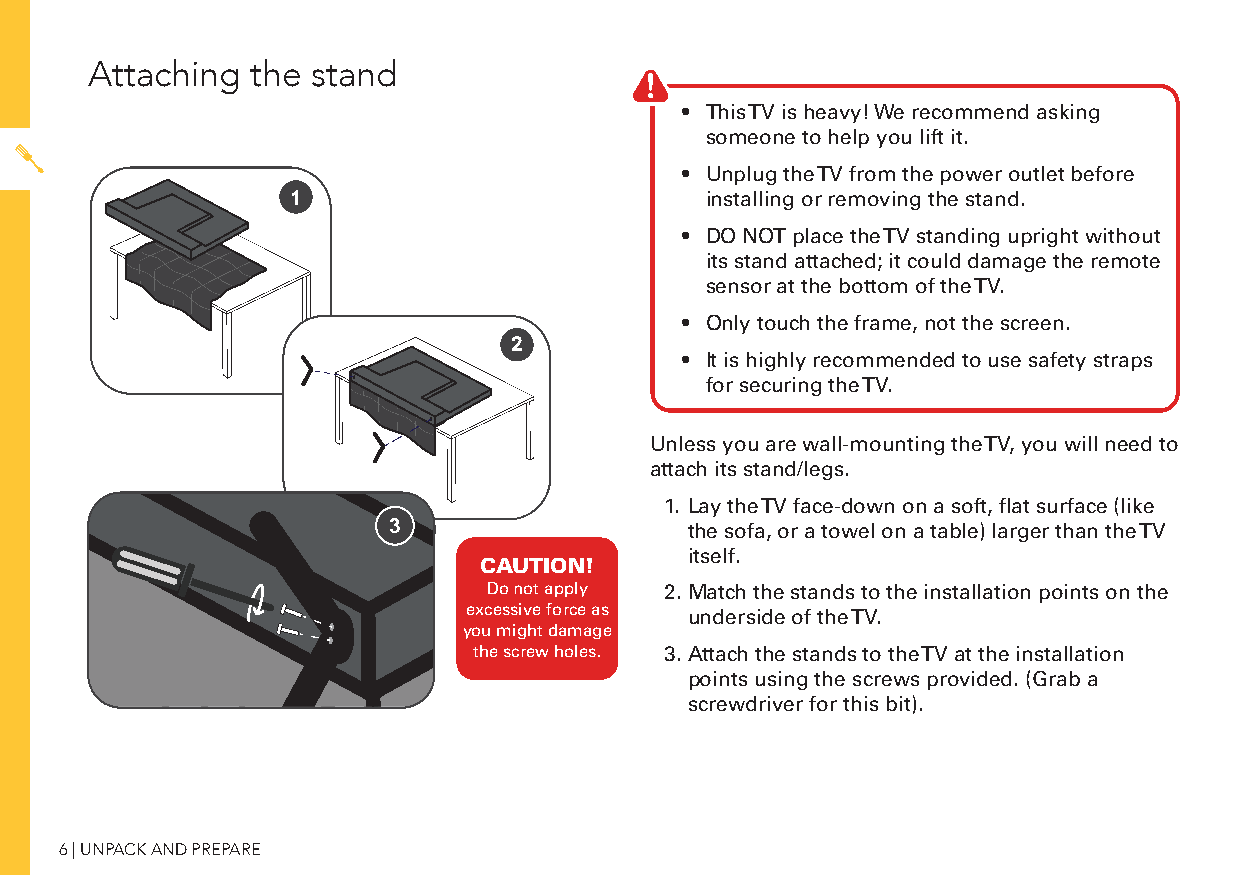
Attaching  the stand
 • This TV is heavy! We recommend asking
 someone to help you lift it.
 • Unplug the TV from the power outlet before
 1                           installing or removing the stand.
 • DO NOT place the TV standing upright without
 its stand attached; it could damage the remote
 sensor at the bottom of the TV.
 • Only touch the frame, not the screen.
 2
 • It is highly recommended to use safety straps
 for securing the TV.
 Unless you are wall-mounting the TV, you will need to
 attach its stand/legs.
 1. Lay the TV face-down on a soft, flat surface (like
 33                  the sofa, or a towel on a table) larger than the TV
 itself.
 CAUTION!
 Do not apply 2. Match the stands to the installation points on the
 excessive force as
 underside of the TV.
 you might damage
 the screw holes. 3. Attach the stands to the TV at the installation
 points using the screws provided. (Grab a
 screwdriver for this bit).
 6 | UNPACK AND PREPARE